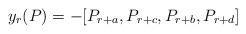
LaTeX: \begin{align*} y_r(P) = -[P_{r+a}, P_{r+c}, P_{r+b}, P_{r+d}]\end{align*}